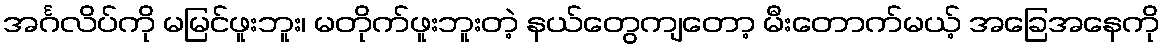
အင်္ဂလိပ်ကို မမြင်ဖူးဘူး၊ မတိုက်ဖူးဘူးတဲ့ နယ်တွေကျတော့ မီးတောက်မယ့် အခြေအနေကို